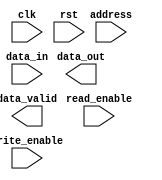
module DDR_SDRAM (
    input wire clk,
    input wire rst,
    input wire [13:0] address,
    input wire [7:0] data_in,
    output reg [7:0] data_out,
    input wire write_enable,
    input wire read_enable,
    output reg data_valid
);

// Define your DDR SDRAM memory blocks here

// Define modules for addressing, data input/output, and control signals

always @(posedge clk) begin
    if (rst) begin
        // Reset logic
    end else begin
        if (write_enable) begin
            // Write data to memory
        end
        if (read_enable) begin
            // Read data from memory
        end
    end
end

endmodule